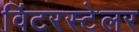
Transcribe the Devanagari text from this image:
विंटरस्टेलर